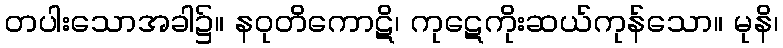
တပါးသောအခါ၌။ နဝုတိကောဋိ၊ ကုဋေကိုးဆယ်ကုန်သော။ မုနိ၊